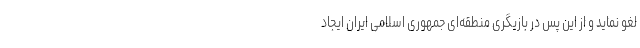
لغو نماید و از این پس در بازیگری منطقه‌ای جمهوری اسلامی ایران ایجاد